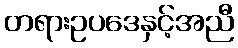
တရားဥပဒေနှင့်အညီ